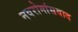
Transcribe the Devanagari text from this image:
नवरोमांसवाद